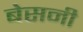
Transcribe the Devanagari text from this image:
बेसनी